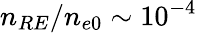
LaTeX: n_{RE}/n_{e0}\sim 10^{-4}